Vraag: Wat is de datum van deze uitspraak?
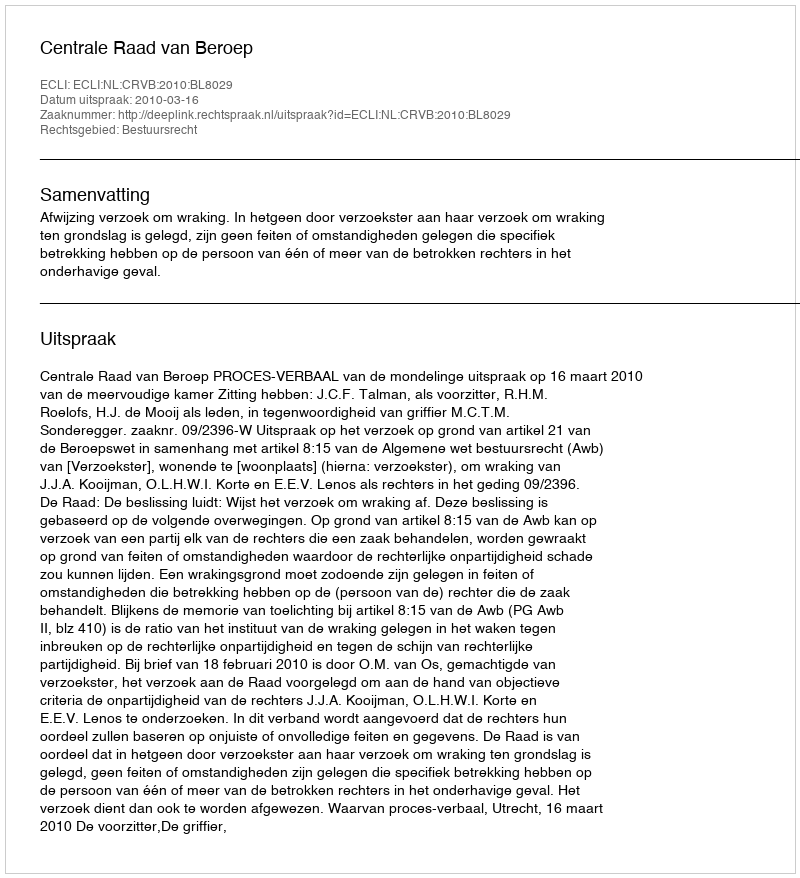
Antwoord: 2010-03-16